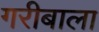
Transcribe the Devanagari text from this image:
गरीबाला